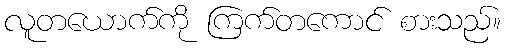
လူတယောက်ကို ကြက်တကောင် စားသည်။